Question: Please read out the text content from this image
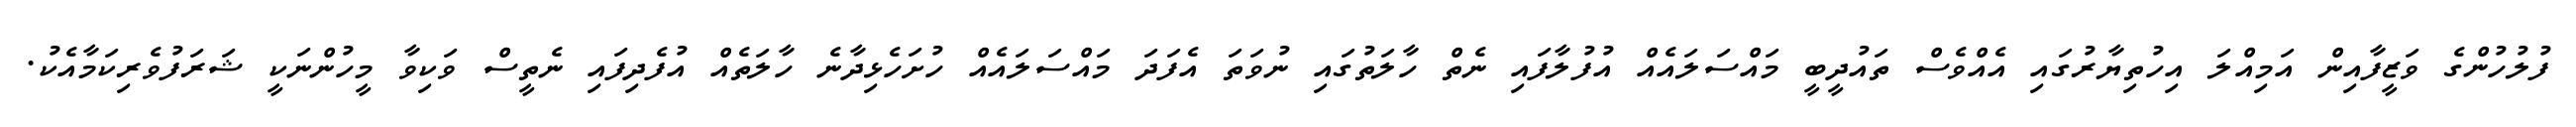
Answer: ފުލުހުންގެ ވަޒީފާއިން އަމިއްލަ އިހުތިޔާރުގައި އެއްވެސް ތައުދީބީ މައްސަލައެއް އުފުލާފައި ނެތް ހާލަތުގައި ނުވަތަ އެފަދަ މައްސަލައެއް ހުށަހެޅިދާނެ ހާލަތެއް އުފެދިފައި ނެތީސް ވަކިވާ މީހުންނަކީ ޝަރަފުވެރިކަމާއެކު.